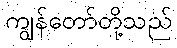
ကျွန်တော်တို့သည်